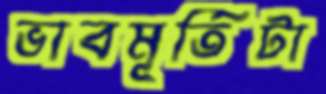
ভাবমূর্তিটা